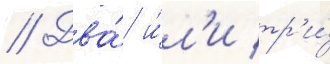
// Два́ и́л'и тр'и́